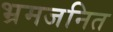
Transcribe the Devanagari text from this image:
भ्रमजनित